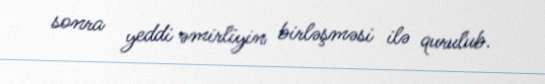
sonra yeddi əmirliyin birləşməsi ilə qurulub.